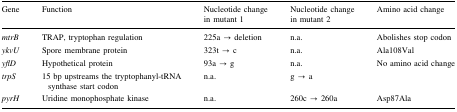
| Gene | Function | Nucleotide change in mutant 1 | Nucleotide change in mutant 2 | Amino acid change |
 | --- | --- | --- | --- | --- |
 | mtrB | TRAP, tryptophan regulation | 225a → deletion | n.a. | Abolishes stop codon |
 | ykvU | Spore membrane protein | 323t → c | n.a. | Ala108Val |
 | yflD | Hypothetical protein | 93a → g | n.a. | No amino acid change |
 | trpS | 15 bp upstreams the tryptophanyl-tRNA synthase start codon | n.a. | g → a |  |
 | pyrH | Uridine monophosphate kinase | n.a. | 260c → 260a | Asp87Ala |